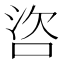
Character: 𪡌